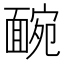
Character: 䩊